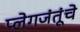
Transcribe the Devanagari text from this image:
प्लेगजंतूंचे